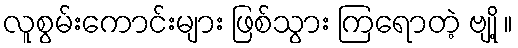
လူစွမ်းကောင်းများ ဖြစ်သွား ကြရောတဲ့ ဗျို့ ။